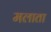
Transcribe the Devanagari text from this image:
मलाता